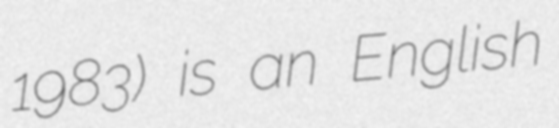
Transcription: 1983) is an English